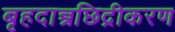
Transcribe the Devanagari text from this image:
बृहदान्त्रछिद्रीकरण